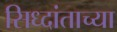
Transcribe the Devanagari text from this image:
सिध्दांताच्या